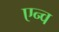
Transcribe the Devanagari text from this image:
एन्व